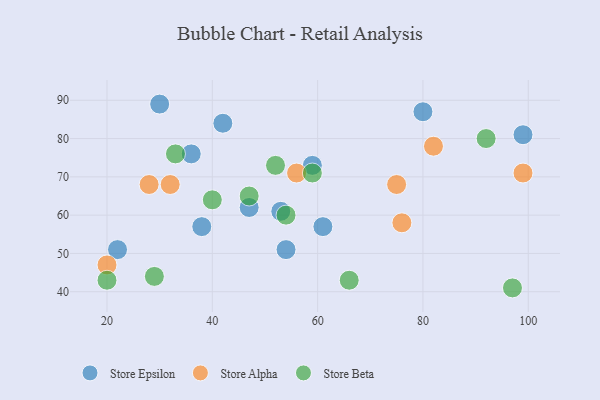
{"axis": {"x": "GDP", "y": "Life Expectancy"}, "legend": ["Store Alpha", "Store Beta", "Store Epsilon"], "data": [{"x": "38", "y": 57, "type": "Store Epsilon"}, {"x": "47", "y": 62, "type": "Store Epsilon"}, {"x": "36", "y": 76, "type": "Store Epsilon"}, {"x": "53", "y": 61, "type": "Store Epsilon"}, {"x": "61", "y": 57, "type": "Store Epsilon"}, {"x": "99", "y": 81, "type": "Store Epsilon"}, {"x": "59", "y": 73, "type": "Store Epsilon"}, {"x": "42", "y": 84, "type": "Store Epsilon"}, {"x": "54", "y": 51, "type": "Store Epsilon"}, {"x": "80", "y": 87, "type": "Store Epsilon"}, {"x": "30", "y": 89, "type": "Store Epsilon"}, {"x": "22", "y": 51, "type": "Store Epsilon"}, {"x": "99", "y": 71, "type": "Store Alpha"}, {"x": "32", "y": 68, "type": "Store Alpha"}, {"x": "75", "y": 68, "type": "Store Alpha"}, {"x": "28", "y": 68, "type": "Store Alpha"}, {"x": "20", "y": 47, "type": "Store Alpha"}, {"x": "76", "y": 58, "type": "Store Alpha"}, {"x": "82", "y": 78, "type": "Store Alpha"}, {"x": "56", "y": 71, "type": "Store Alpha"}, {"x": "59", "y": 71, "type": "Store Beta"}, {"x": "29", "y": 44, "type": "Store Beta"}, {"x": "52", "y": 73, "type": "Store Beta"}, {"x": "66", "y": 43, "type": "Store Beta"}, {"x": "97", "y": 41, "type": "Store Beta"}, {"x": "92", "y": 80, "type": "Store Beta"}, {"x": "33", "y": 76, "type": "Store Beta"}, {"x": "20", "y": 43, "type": "Store Beta"}, {"x": "54", "y": 60, "type": "Store Beta"}, {"x": "47", "y": 65, "type": "Store Beta"}, {"x": "40", "y": 64, "type": "Store Beta"}]}